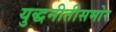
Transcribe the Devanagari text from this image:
युद्धनीतीसमोर